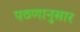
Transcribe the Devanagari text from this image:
पठणानुसार